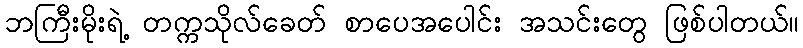
ဘကြီးမိုးရဲ့ တက္ကသိုလ်ခေတ် စာပေအပေါင်း အသင်းတွေ ဖြစ်ပါတယ်။